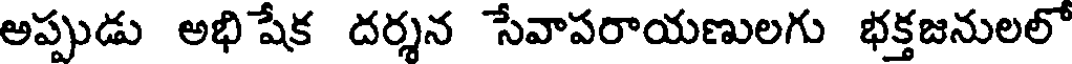
అప్పుడు అభి షేక దర్శన సేవాపరాయణులగు భక్తజనులలో